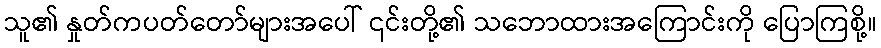
သူ၏ နှုတ်ကပတ်တော်များအပေါ် ၎င်းတို့၏ သဘောထားအကြောင်းကို ပြောကြစို့။